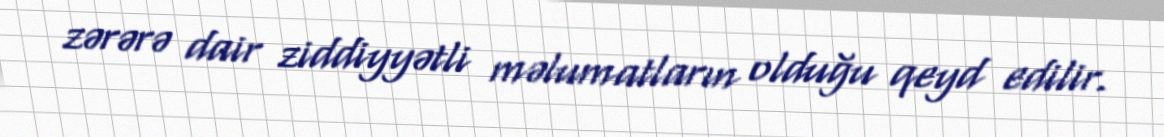
zərərə dair ziddiyyətli məlumatların olduğu qeyd edilir.